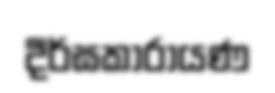
දීර්ඝකාරායණ